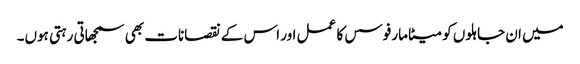
میں ان جاہلوں کو میٹامارفوسس کا عمل اور اس کے نقصانات بھی سمجھاتی رہتی ہوں۔